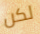
لكن